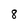
Character: 8